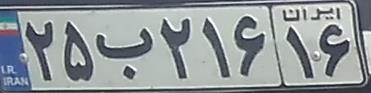
۲۵ب۲۱۶۱۶